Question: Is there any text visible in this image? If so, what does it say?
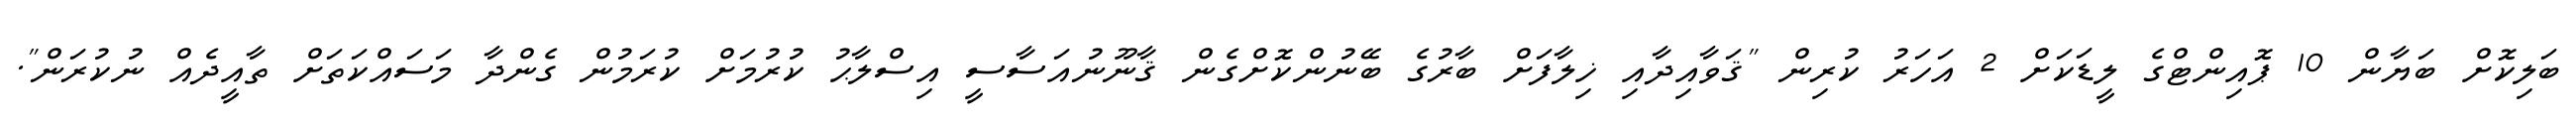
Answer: ބަލިކޮށް ބަޔާން 10 ޕޮއިންޓްގެ ލީޑަކަށް 2 އަހަރު ކުރިން "ޤަވާއިދާއި ޚިލާފަށް ބާރުގެ ބޭނުންކޮށްގެން ޤާނޫނުއަސާސީ އިސްލާޙު ކުރުމަށް ކުރަމުން ގެންދާ މަސައްކަތަށް ތާއީދެއް ނުކުރަން".